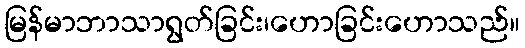
မြန်မာဘာသာရွတ်ခြင်း၊ဟောခြင်းဟောသည်။